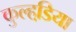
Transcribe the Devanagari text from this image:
कुल्हडि़या